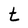
Character: t